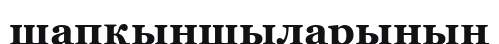
шапқыншыларының